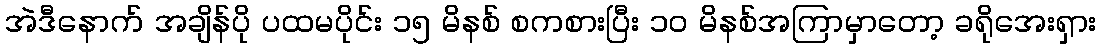
အဲဒီနောက် အချိန်ပို ပထမပိုင်း ၁၅ မိနစ် စကစားပြီး ၁၀ မိနစ်အကြာမှာတော့ ခရိုအေးရှား